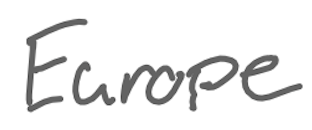
Text: Europe
Cross-out: clean
Writing tool: digital_gray